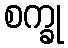
စက္ခု